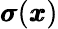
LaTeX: {\pmb\sigma}({\pmb x})